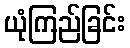
ယုံကြည်ခြင်း